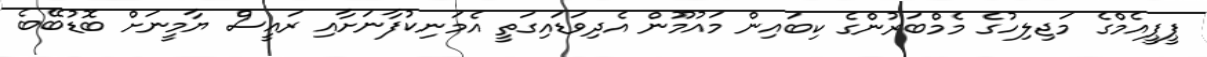
ޕީޕީއެމްގެ މަޖިލިހުގެ މެމްބަރުންގެ ކިބައިން މައުމޫން އެދިވަޑައިގަތީ އެމަނިކުފާނަށާއި ރައީސް ޔާމީނަށް ބޮޑުބޭބެ